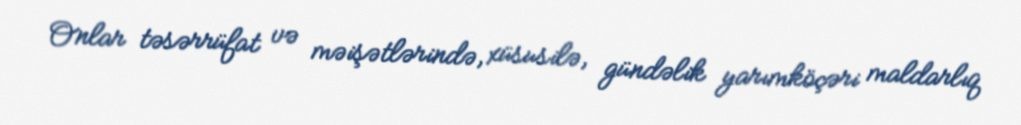
Onlar təsərrüfat və məişətlərində, xüsusilə, gündəlik yarımköçəri maldarlıq